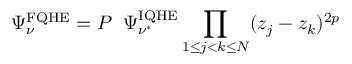
\Psi _ { \nu } ^ { \mathrm { { F Q H E } } } = P \; \; \Psi _ { \nu ^ { * } } ^ { \mathrm { { I Q H E } } } \prod _ { 1 \leq j < k \leq N } ( z _ { j } - z _ { k } ) ^ { 2 p }